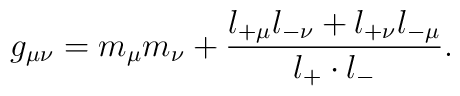
g_{\mu\nu}=m_\mu m_\nu+\frac{l_{+\mu}l_{-\nu}+l_{+\nu}l_{-\mu}}{l_+ \cdot l_-}.